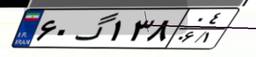
۶۰گ۱۳۸۰۴